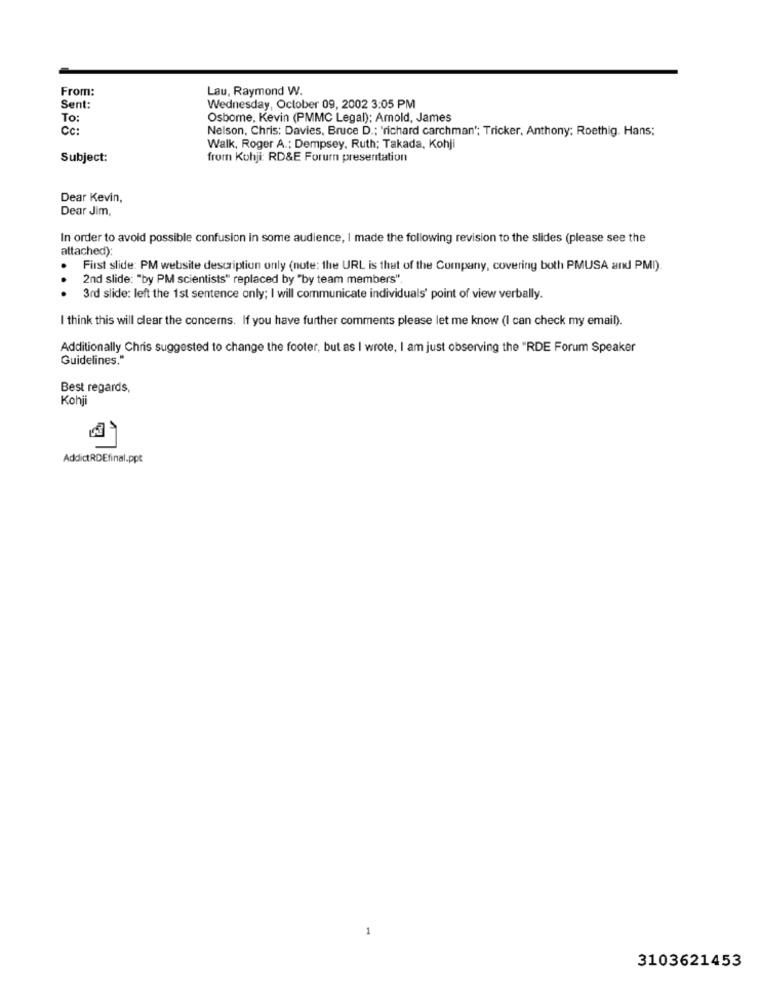
From:
Lau, Raymond W.
Sent:
Wednesday, October 09, 2002 3:05 PM
To:
Osborne, Kevin (PMMC Legal); Amold, James
CC:
Nelson, Chris: Davies, Bruce D .; 'richard carchman"; Tricker, Anthony; Roethig. Hans;
Walk, Roger A .; Dempsey, Ruth; Takada, Kohji
Subject:
from Kohji: RD&E Forum presentation
Dear Kevin,
Dear Jim.
In order to avoid possible confusion in some audience, I made the following revision to the slides (please see the
attached):
First slide: PM website description only (note: the URL is that of the Company, covering both PMUSA and PMI).
2nd slide: "by PM scientists" replaced by "by team members".
...
3rd slide: left the 1st sentence only; I will communicate individuals' point of view verbally.
I think this will clear the concerns. If you have further comments please let me know (I can check my email).
Additionally Chris suggested to change the footer, but as I wrote, I am just observing the "RDE Forum Speaker
Guidelines."
Best regards,
Kohji
AddictRDEfinal.ppt
3103621453